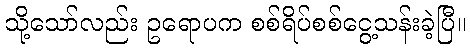
သို့သော်လည်း ဥရောပက စစ်ရိပ်စစ်ငွေ့သန်းခဲ့ပြီ။